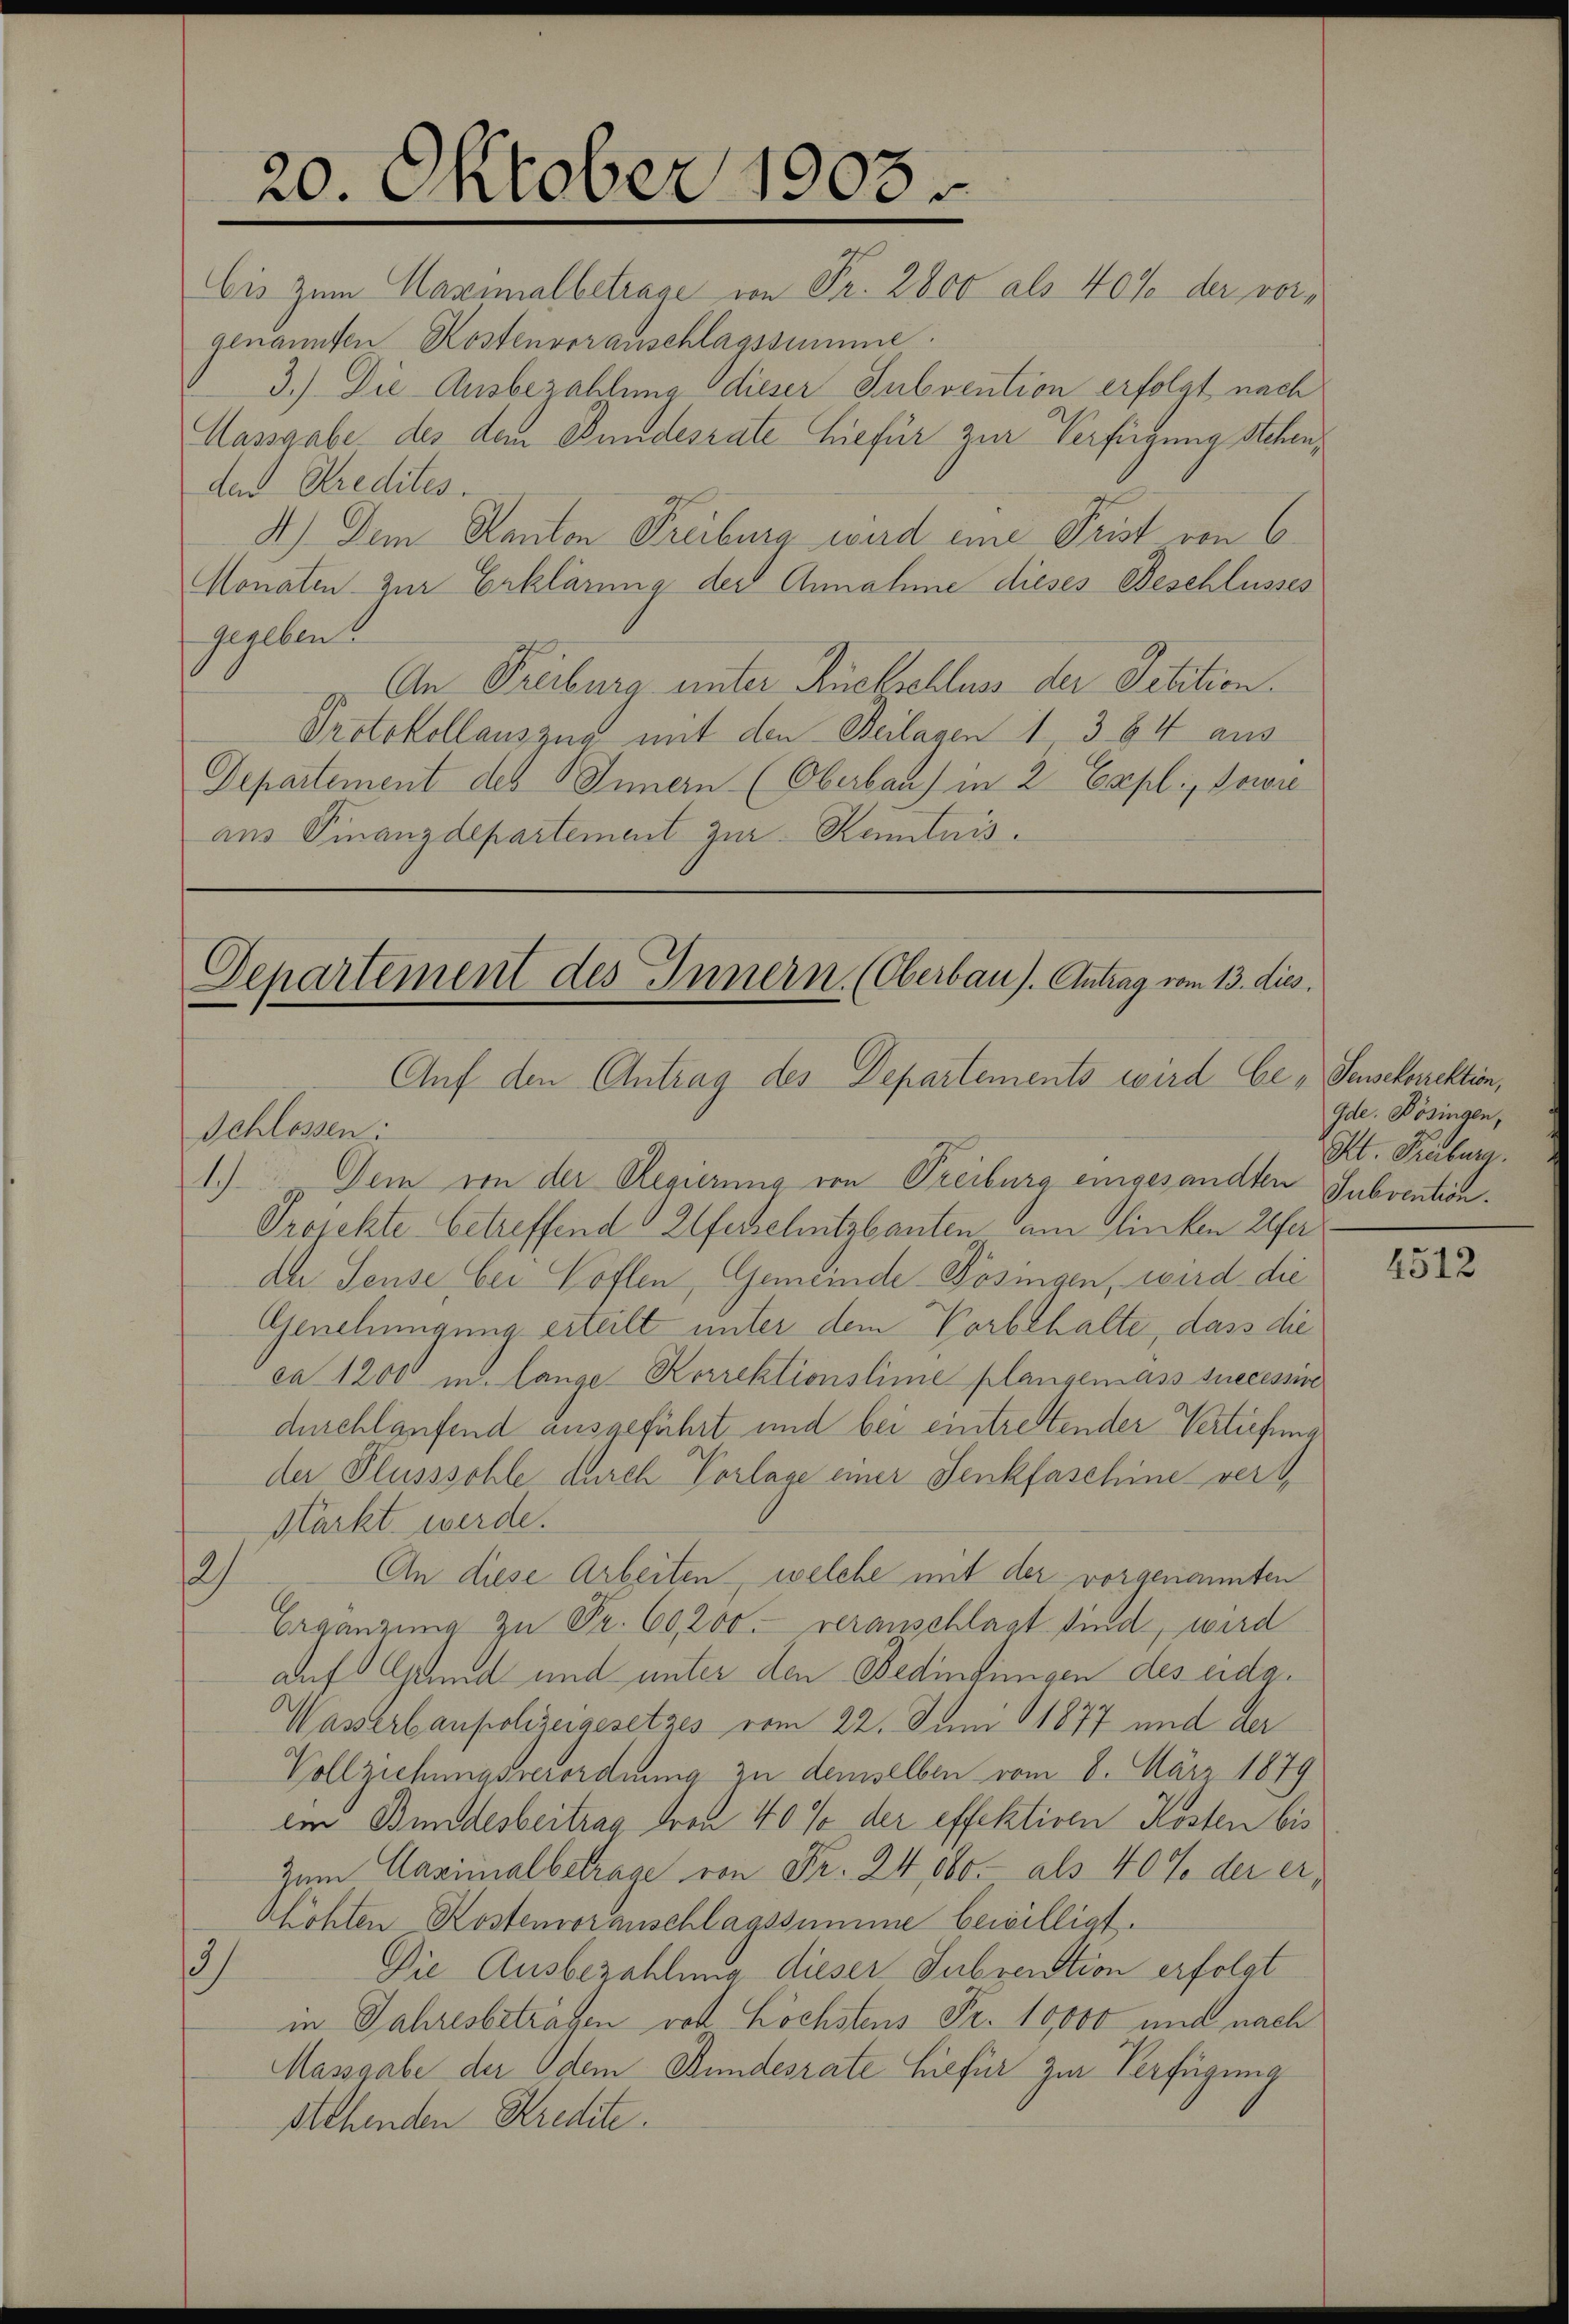
20. October 1903.

bis zum Maximalbetrage von Fr. 2800 als 40% der vorgenannten Kostenvoranschlagssumme.
3.) Die Ausbezahlung dieser Subvention erfolgt nach
Massgabe des dem Bundesrate hiefür zur Verfügung Schender Stredites.
A.) Dem Kanton Freiburg wird eine Prist von 6
Monaten zur Erklärung der Annahme dieses Beschlusses
gegeben.
An Freiburg unter Rückschluss der Petition.
Protokollauszug mit den Beilagen 1, 364 aus
Departement des Innern (Oberbau) in 2 Expli, Sowie
ans Finanzdepartement zur Kenntnis.

Departement des Innern. (Oberbau). Antrag vom 13. dies
Auf den Antrag des Departements wird be - Sensekorrektion,

Schlossen:
1.) Dem von der Regierung von Treiburg eingesandten Subvention.
Trockte betreffend Alferschutzbauten am linken Refer
der Seuse bei Koflen, Gemeinde Pösingen, wird die
Genehmigung erteilt unter dem Vorbehalte, dass die
ca 1200 u. lange Korrektionslime plangemass successine
durchlaufend ausgeführt und bei eintrettender Vertrefena
der Flusssohle durch Vorlage einer Senkfaschine ver¬
Markt werde.
2)
An diese Arbeiten, welche mit der vorgenannten
Ergänzŭng zŭ Fr. 60,200. veranschlagt sind, wird
auf Grund und unter den Bedingungen des eidg.
Wasserbaupolizeigesetzes vom 22. Juni 1877 und der
Vollziehungsverordnung zu demselben vom 8. März 1879
ein Bundesbeitrag von 40% der effektiven Kosten bis
Zum Maximalbetrage von Fr. 24,000.- als 40% der erhohten Kostenvoranschlagssumme bewilligt.
3).
Die Ausbezahlung dieser Subvention erfolgt
in Jahresbetragen voll Höchstens Fr. 10000 und nach
Massgabe der Odem Stundesrate hiefür zur Verfügung
Stehenden Kredite.

Gde. Bösingen,
Pt. Fribourg.

4512